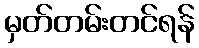
မှတ်တမ်းတင်ရန်